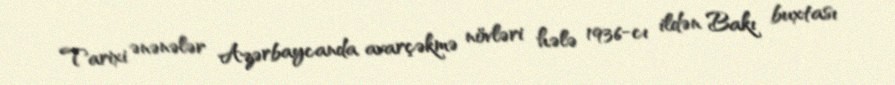
Tarixi ənənələr Azərbaycanda avarçəkmə növləri hələ 1936-cı ildən Bakı buxtası